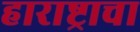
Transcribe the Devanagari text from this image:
हाराष्ट्राचा